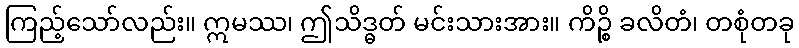
ကြည့်သော်လည်း။ ဣမဿ၊ ဤသိဒ္ဓတ် မင်းသားအား။ ကိဉ္စိ ခလိတံ၊ တစုံတခု